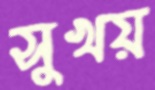
সুখয়